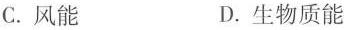
C.风能 D.生物质能